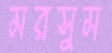
মরসুম